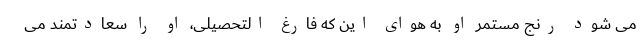
می شود رنج مستمر او به هوای این که فارغ التحصیلی، او را سعادتمند می